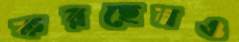
করছেনও